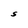
Character: S